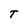
Character: T